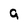
Character: 9